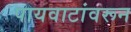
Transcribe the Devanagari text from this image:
पायवाटांवरून